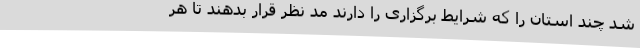
شد چند استان را که شرایط برگزاری را دارند مد نظر قرار بدهند تا هر